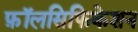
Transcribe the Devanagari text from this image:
फ़ॉलसिफिकेशन